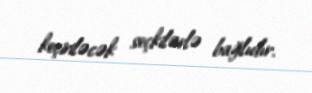
keçiriləcək seçkilərlə bağlıdır.